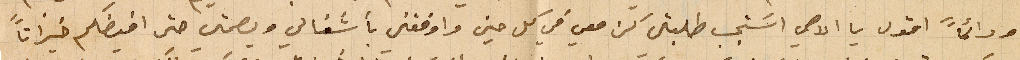
ودائمًا اقول يا الاهي اسَتجب طلبتي كن معي في كل حين واوفقني بأشغالي وبصحتي حتى افيضكم خيراتاً